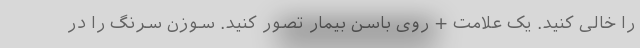
را خالی کنید. یک علامت + روی باسن بیمار تصور کنید. سوزن سرنگ را در